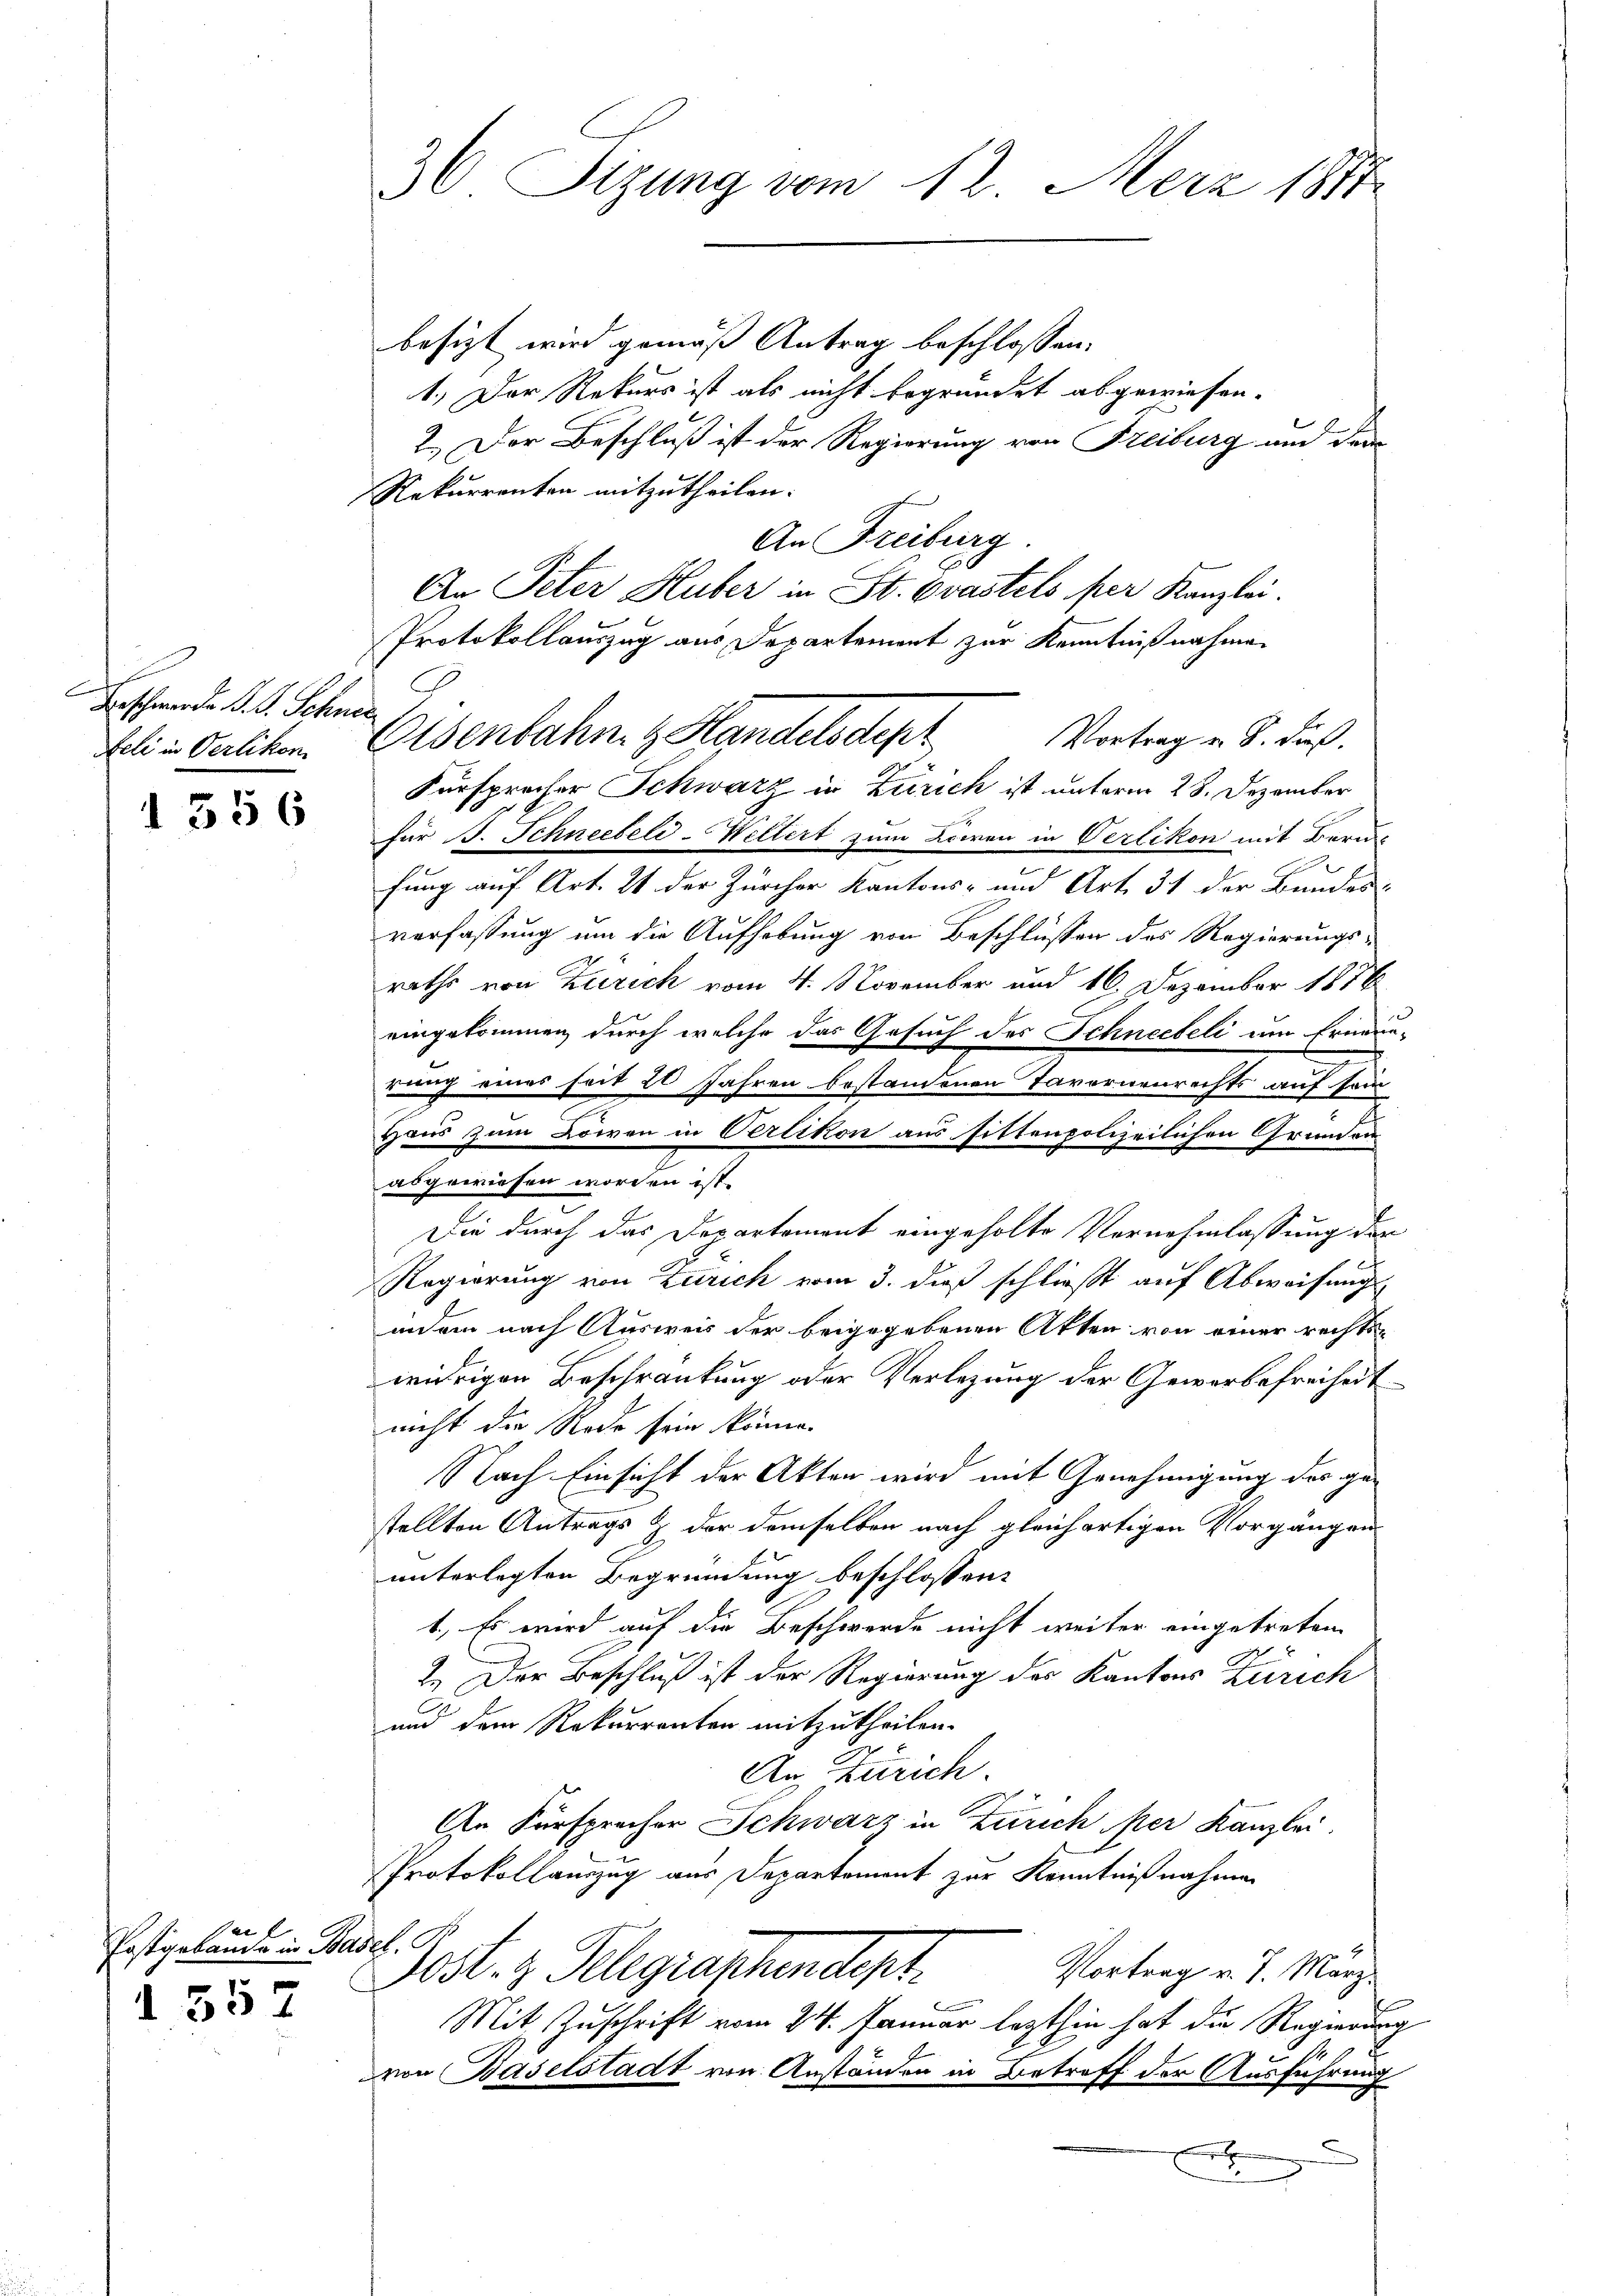
Erschwerde d. J. Schnen

1356

Postgebäude in Wa

1 557

36. Sizung vom 12. Merz 1881

besizt wird gemäß Antrag beschlossen:
1.) Der Rekurs ist als nicht begründet abgewiesen.
2.) Der Beschluß ist der Regierung von Freiburg und dem
Rekurrenten mitzutheilen.
An Freiburg
An Peter Huber in St. Ovastets per Kanzlei.
Protokollauszug aus Departement zur Kenntnißnahmen
teli in Oerlikon, Elsenbahn. Handelsdepr
Fürsprecher Schwarz in Zürich ist unterm 28. Dezember
für B. Schneebeli-Weltert zum Löwen in Verlikon mit Beru
fung auf Art. 21 der Zürcher Kantons- und Art. 31 der Bundes-
verfassung um die Aufhebung von Beschlüssen des Regierungs-
rathe von Zürich vom 4. November und 16. Dezember 1878
eingekommen, durch welche das Gesuch des Schneebeli um Erneue-
rung eines seit 20 Jahren bestandenen Tavernenrechts auf sein
Haus zum Löwen in Oerlikon aus sittenpolizeilichen Grunden
abgewiesen worden ist.
Die durch das Departement eingeholte Vernehmlassung den
Regierung von Zürich vom 3. dieß schließt auf Abweisungs-
indem nach Ausweis der beigegebenen Akten von einer rechtswidrigen Beschränkung oder Verlegung der Gewerbefreiheit
nicht die Rede sein könne.
Nach Einsicht der Akten wird mit Genehmigung des gestellten Antrags & der demselben nach gleichartigen Vorgängen
unterlegten Begründung beschlossen:
1., Es wird auf die Beschwerde nicht weiter eingetreten
.
2.) Der Beschluß ist der Regierung des Kantons Zürich
und dem Rekurrenten mitzutheilen.
An Zürich.
An Fürsprecher Schwarz in Zürich per Kanzlei.
Protokollauszug aus Departement zur Kenntnißnahmen
dh. A
rost. z. Telegraphendept.
Vortrag v. 7. März
Mit Zuschrift vom 24. Januar lezthin hat die Regierung
von Baselstadt von Anständen in Betreff der Ausführung
u
t

Vortrag u. S. dieß.